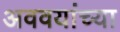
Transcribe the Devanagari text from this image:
अववयांच्या